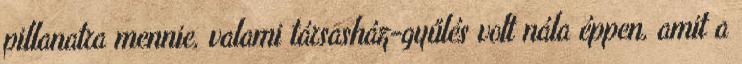
pillanatra mennie, valami társasház-gyűlés volt nála éppen, amit a